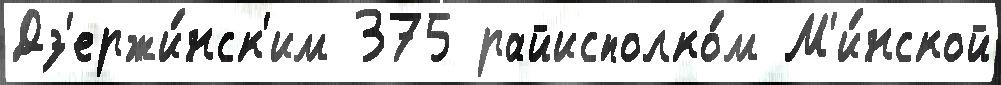
Дз'ержи́нск'им 375 райисполко́м М'и́нской